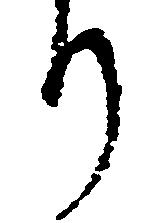
り